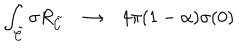
LaTeX: \int _ { { \tilde { \cal C } } } \sigma R _ { { \tilde { \cal C } } } \rightarrow 4 \pi ( 1 - \alpha ) \sigma ( 0 )